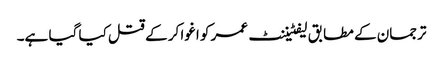
ترجمان کے مطابق لیفٹیننٹ عمر کو اغوا کر کے قتل کیا گیا ہے۔